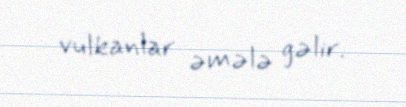
vulkanlar əmələ gəlir.